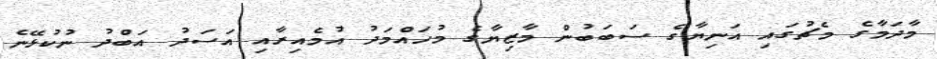
މާދަމާގެ މެޗުގައި އަނިޔާގެ ސަބަބުން މާޒިޔާގެ މުހައްމަދު އުމެއިރާއި އަސަދު އަބްދު ނުކުޅޭނެ